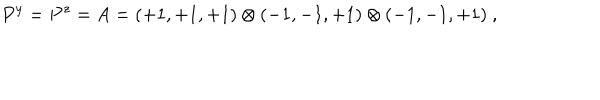
P ^ { y } = P ^ { z } = A = ( + 1 , + 1 , + 1 ) \otimes ( - 1 , - 1 , + 1 ) \otimes ( - 1 , - 1 , + 1 ) ~ , ~ \,